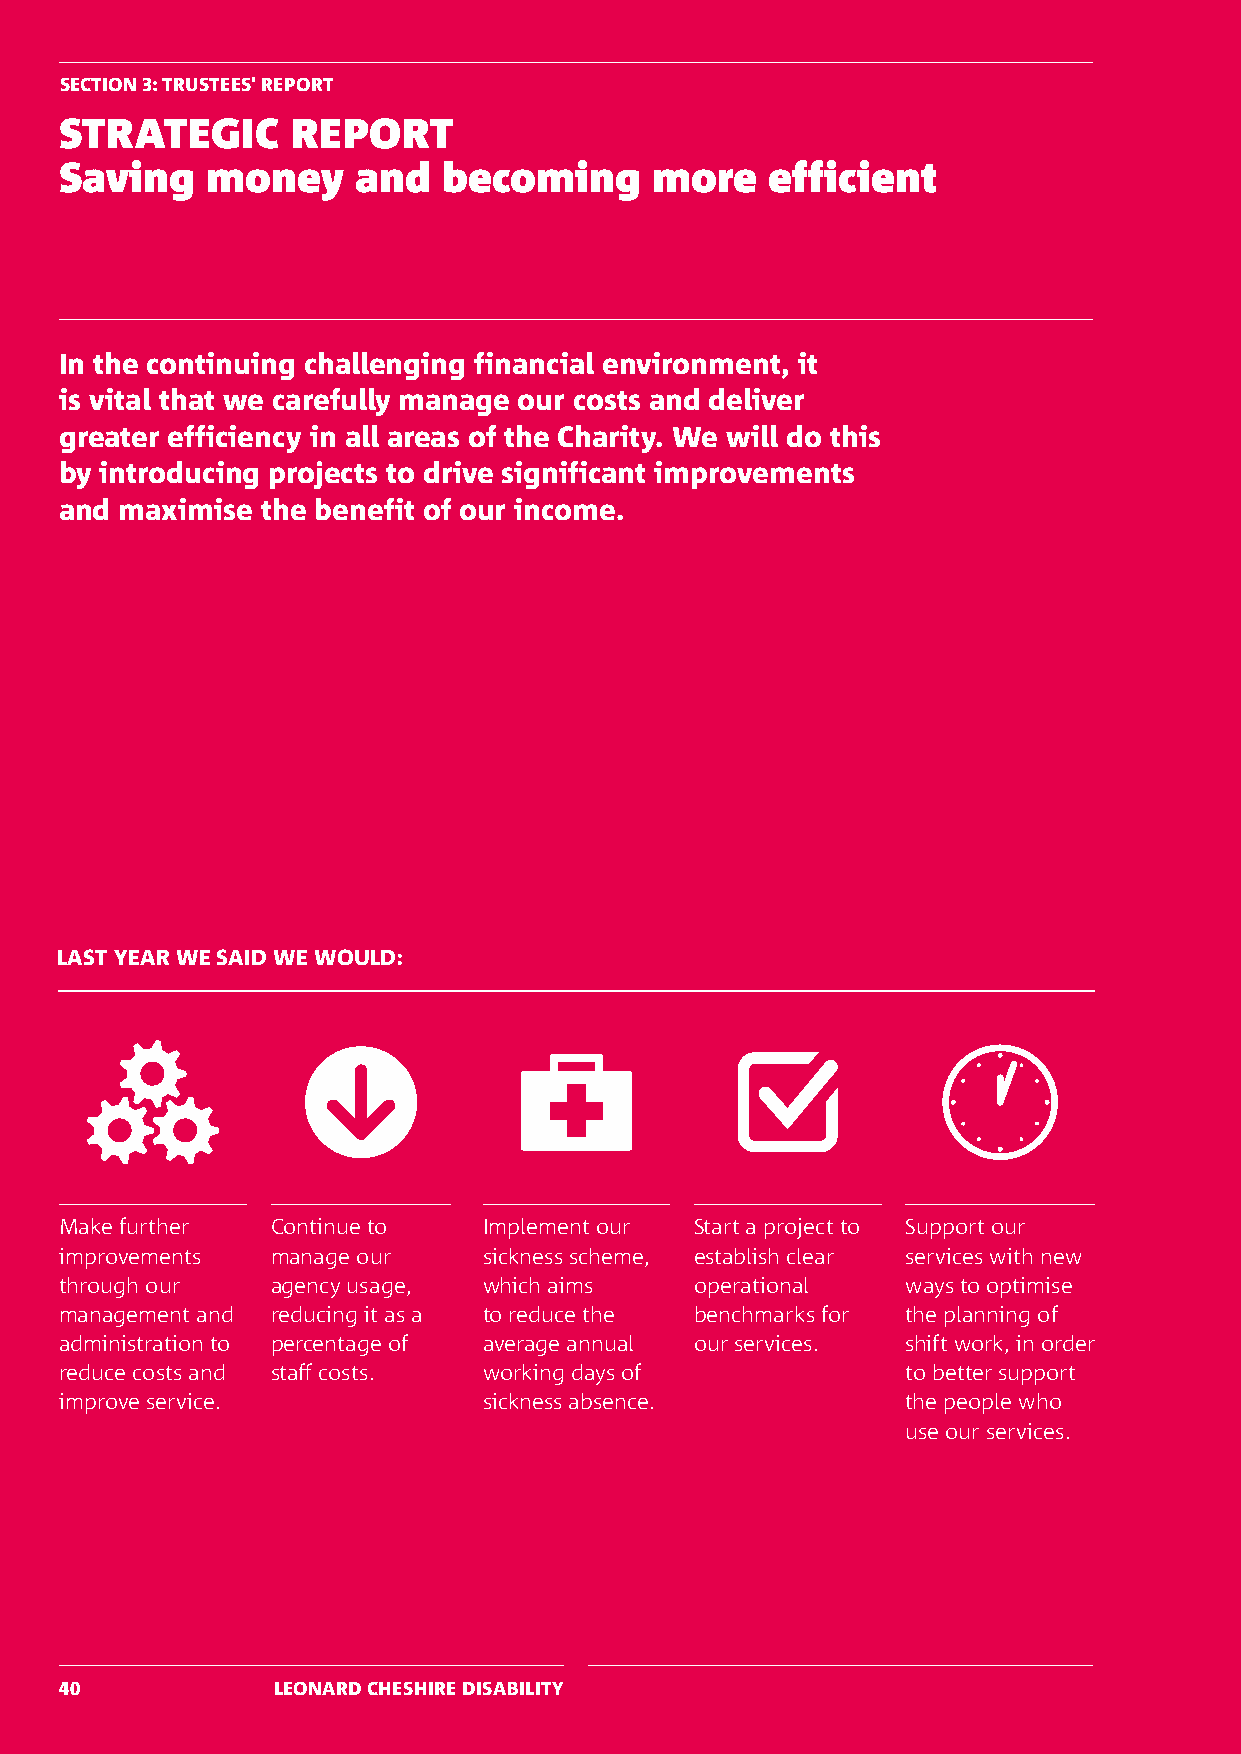
SECTION 3: TRUSTEES' REPORT
 STRATEGIC      REPORT
 Saving    money     and  becoming      more    efficient
 In the continuing challenging financial environment, it
 is vital that we carefully manage our costs and deliver
 greater efficiency in all areas of the Charity. We will do this
 by introducing projects to drive significant improvements
 and maximise the benefit of our income.
 LAST YEAR WE SAID WE WOULD:
 Make further  Continue to   Implement our Start a project to Support our
 improvements  manage our    sickness scheme, establish clear services with new
 through our   agency usage, which aims    operational   ways to optimise
 management and reducing it as a to reduce the benchmarks for the planning of
 administration to percentage of average annual our services. shift work, in order
 reduce costs and staff costs. working days of           to better support
 improve service.            sickness absence.           the people who
 use our services.
 40            LEONARD CHESHIRE DISABILITY